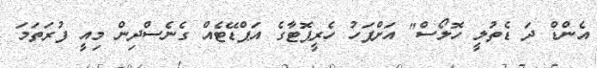
އެންޑް ދަ ޑެތުލީ ހޮލޯސް" އަށްފަހު ހެރީޕޮޓާގެ އަޕްޑޭޓެއް ގެނެސްދިން މިއީ ފުރަތަމަ